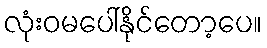
လုံးဝမပေါ်နိုင်တော့ပေ။